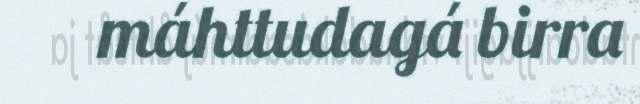
máhttudagá birra